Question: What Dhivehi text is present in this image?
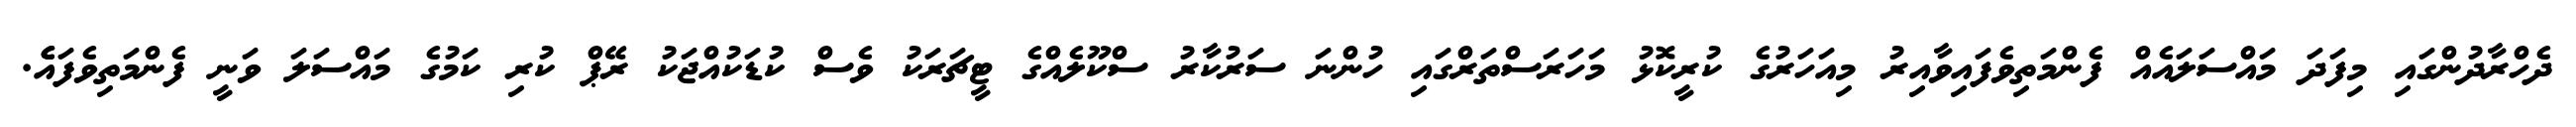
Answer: ދެހްރާދުންގައި މިފަދަ މައްސަލައެއް ފެންމަތިވެފައިވާއިރު މިއަހަރުގެ ކުރީކޮޅު މަހަރަސްތަރްގައި ހުންނަ ސަރުކާރު ސްކޫލެއްގެ ޓީޗަރަކު ވެސް ކުޑަކުއްޖަކު ރޭޕް ކުރި ކަމުގެ މައްސަލަ ވަނީ ފެންމަތިވެފައެެ.